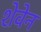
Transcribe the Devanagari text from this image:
शेवेन